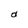
Character: d